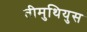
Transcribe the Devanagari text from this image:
तीमुथियुस